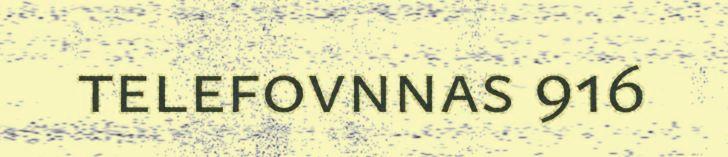
telefovnnas 916